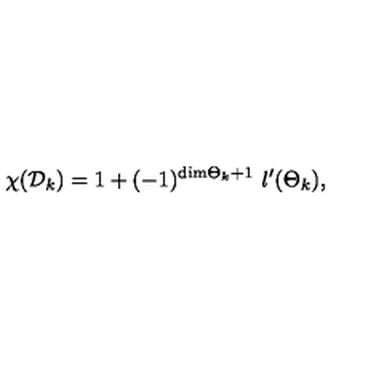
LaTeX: \chi ( { \cal D } _ { k } ) = 1 + ( - 1 ) ^ { \mathrm { d i m } { { \Theta } _ { k } } + 1 } \ l ^ { \prime } ( { { \Theta } _ { k } } ) ,